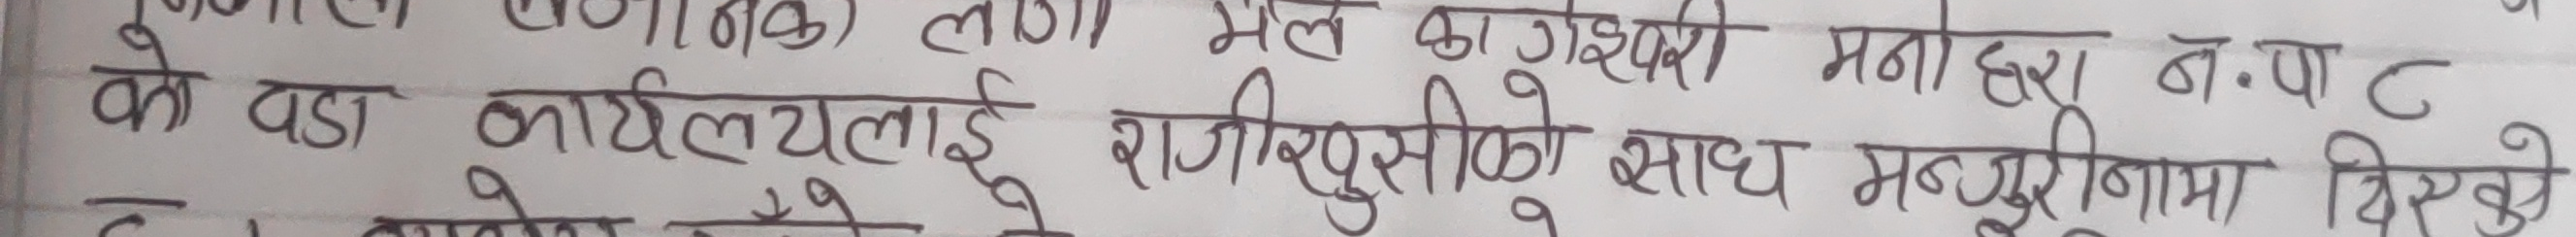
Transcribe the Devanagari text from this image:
को पडा कार्यालयलाई राजीखुसीको साथ मन्जुरीनामा दिएको